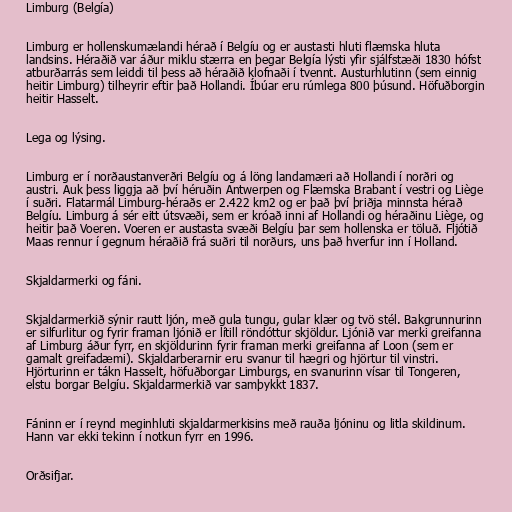
Limburg (Belgía)

Limburg er hollenskumælandi hérað í Belgíu og er austasti hluti flæmska hluta
landsins. Héraðið var áður miklu stærra en þegar Belgía lýsti yfir sjálfstæði 1830 hófst
atburðarrás sem leiddi til þess að héraðið klofnaði í tvennt. Austurhlutinn (sem einnig
heitir Limburg) tilheyrir eftir það Hollandi. Íbúar eru rúmlega 800 þúsund. Höfuðborgin
heitir Hasselt.

Lega og lýsing.

Limburg er í norðaustanverðri Belgíu og á löng landamæri að Hollandi í norðri og
austri. Auk þess liggja að því héruðin Antwerpen og Flæmska Brabant í vestri og Liège
í suðri. Flatarmál Limburg-héraðs er 2.422 km2 og er það því þriðja minnsta hérað
Belgíu. Limburg á sér eitt útsvæði, sem er króað inni af Hollandi og héraðinu Liège, og
heitir það Voeren. Voeren er austasta svæði Belgíu þar sem hollenska er töluð. Fljótið
Maas rennur í gegnum héraðið frá suðri til norðurs, uns það hverfur inn í Holland.

Skjaldarmerki og fáni.

Skjaldarmerkið sýnir rautt ljón, með gula tungu, gular klær og tvö stél. Bakgrunnurinn
er silfurlitur og fyrir framan ljónið er lítill röndóttur skjöldur. Ljónið var merki greifanna
af Limburg áður fyrr, en skjöldurinn fyrir framan merki greifanna af Loon (sem er
gamalt greifadæmi). Skjaldarberarnir eru svanur til hægri og hjörtur til vinstri.
Hjörturinn er tákn Hasselt, höfuðborgar Limburgs, en svanurinn vísar til Tongeren,
elstu borgar Belgíu. Skjaldarmerkið var samþykkt 1837.

Fáninn er í reynd meginhluti skjaldarmerkisins með rauða ljóninu og litla skildinum.
Hann var ekki tekinn í notkun fyrr en 1996.

Orðsifjar.